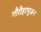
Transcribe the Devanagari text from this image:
गौरीहरपूजन